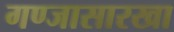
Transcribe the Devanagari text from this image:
गण्जासारखा